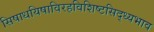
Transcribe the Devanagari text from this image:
सिषाधयिषाविरहविशिष्टसिद्ध्यभाव